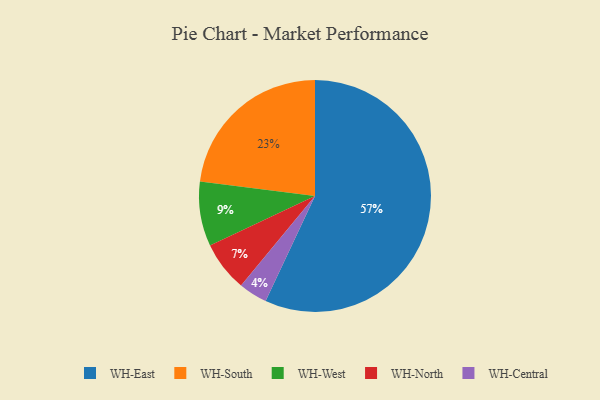
{"axis": {"x": "Category", "y": "Percentage"}, "legend": ["WH-Central", "WH-East", "WH-North", "WH-South", "WH-West"], "data": [{"x": "WH-South", "y": 23, "type": "WH-South"}, {"x": "WH-Central", "y": 4, "type": "WH-Central"}, {"x": "WH-West", "y": 9, "type": "WH-West"}, {"x": "WH-North", "y": 7, "type": "WH-North"}, {"x": "WH-East", "y": 57, "type": "WH-East"}]}